Report of the Indian Hemp Drugs Commission, 1894-1895 - Volume VI
Year: 1894
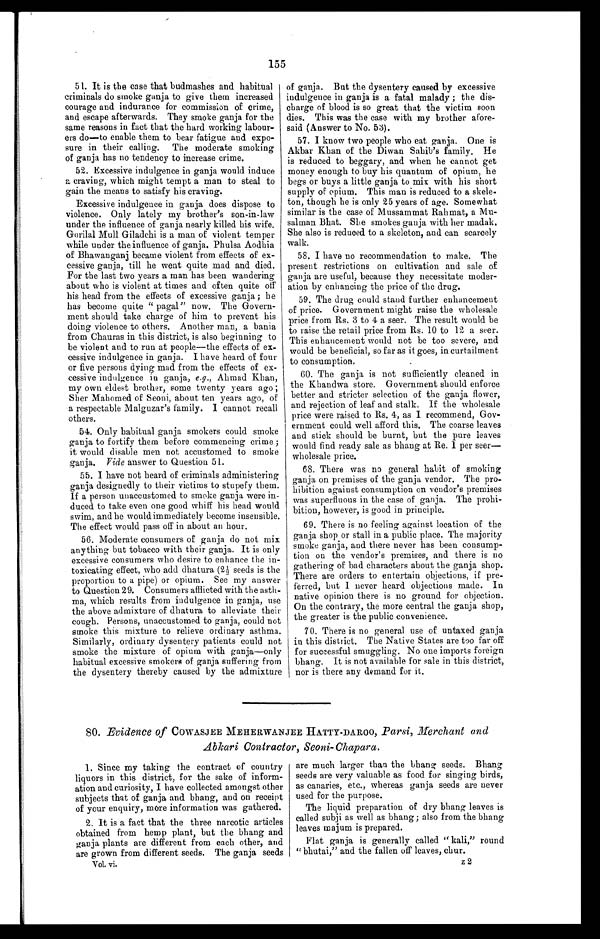
155
51. It is the case that budmashes and habitual
criminals do smoke ganja to give them increased
courage and indurance for commission of crime,
and escape afterwards. They smoke ganja for the
same reasons in fact that the hard working labour
-
ers do—to enable them to bear fatigue and expo
-
sure in their calling. The moderate smoking
of ganja has no tendency to increase crime.
52. Excessive indulgence in ganja would induce
a craving, which might tempt a man to steal to
gain the means to satisfy his craving.
Excessive indulgence in ganja does dispose to
violence. Only lately my brother's son-in-law
under the influence of ganja nearly killed his wife.
Gorilal Mull Giladchi is a man of violent temper
while under the influence of ganja. Phulsa Aodhia
of Bhawanganj became violent from effects of ex
-
cessive ganja, till he went quite mad and died.
For the last two years a man has been wandering
about who is violent at times and often quite off
his head from the effects of excessive ganja; he
has become quite "pagal" now. The Govern
-
ment should take charge of him to prevent his
doing violence to others. Another man, a bania
rom Chauras in this district, is also beginning to
be violent and to run at people—the effects of ex
-
cessive indulgence in ganja. I have heard of four
or five persons dying mad from the effects of ex
-
cessive indulgence in ganja, e.g., Ahmad Khan,
my own eldest brother, some twenty years ago;
Sher Mahomed of Seoni, about ten years ago, of
a respectable Malguzar's family. I cannot recall
others.
54. Only habitual ganja smokers could smoke
ganja to fortify them before commencing crime;
it would disable men not accustomed to smoke
ganja. Vide answer to Question 51.
55. I have not heard of criminals administering
ganja designedly to their victims to stupefy them.
If a person unaccustomed to smoke ganja were in
-
duced to take even one good whiff his head would
swim, and he would immediately become insensible.
The effect would pass off in about an hour.
56. Moderate consumers of ganja do not mix
anything but tobacco with their ganja. It is only
excessive consumers who desire to enhance the in
-
toxicating effect, who add dhatura (2½ seeds is the
proportion to a pipe) or opium. See my answer
to Question 29. Consumers afflicted with the asth
-
ma, which results from indulgence in ganja, use
the above admixture of dhatura to alleviate their
cough. Persons, unaccustomed to ganja, could not
smoke this mixture to relieve ordinary asthma.
Similarly, ordinary dysentery patients could not
smoke the mixture of opium with ganja—only
habitual excessive smokers of ganja suffering from
the dysentery thereby caused by the admixture
of ganja. But the dysentery caused by excessive
indulgence in ganja is a fatal malady; the dis
-
charge of blood is so great that the victim soon
dies. This was the case with my brother afore
-
said (Answer to No. 53).
57. I know two people who eat ganja. One is
Akbar Khan of the Diwan Sahib's family. He
is reduced to beggary, and when he cannot get
money enough to buy his quantum of opium, he
begs or buys a little ganja to mix with his short
supply of opium. This man is reduced to a skele
-
ton, though he is only 25 years of age. Somewhat
similar is the case of Mussammat Rah mat, a Mu
-
salman Bhat. She smokes ganja with her madak.
She also is reduced to a skeleton, and can scarcely
walk.
58. I have no recommendation to make. The
present restrictions on cultivation and sale of
ganja are useful, because they necessitate moder
-
ation by enhancing the price of the drug.
59. The drug could stand further enhancement
of price. Government might raise the wholesale
price from Rs. 3 to 4 a seer. The result would be
to raise the retail price from Rs. 10 to 12 a seer.
This enhancement would not be too severe, and
would be beneficial, so far as it goes, in curtailment
to consumption.
60. The ganja is not sufficiently cleaned in
the Khandwa store. Government should enforce
better and stricter selection of the ganja flower,
and rejection of leaf and stalk. If the wholesale
price were raised to Rs. 4, as I recommend, Gov
-
ernment could well afford this. The coarse leaves
and stick should be burnt, but the pure leaves
would find ready sale as bhang at Re, 1 per seer
—
wholesale price.
68. There was no general habit of smoking
ganja on premises of the ganja vendor. The pro
-
hibition against consumption on vendor's premises
was superfluous in the case of ganja. The prohi
-
bition, however, is good in principle.
69. There is no feeling against location of the
ganja shop or stall in a public place. The majority
smoke ganja, and there never has been consump
-
tion on the vendor's premises, and there is no
gathering of bad characters about the ganja shop.
There are orders to entertain objections, if pre
-
ferred, but I never heard objections made. In
native opinion there is no ground for objection.
On the contrary, the more central the ganja shop,
the greater is the public convenience.
70. There is no general use of untaxed ganja
in this district. The Native States are too far off
for successful smuggling. No one imports foreign
bhang. It is not available for sale in this district,
nor is there any demand for it.
80. Evidence of COWASJEE MEHERWANJEE HATTY-DAROO, Parsi, Merchant and
Abkari Contractor, Seoni-Chapara.
1. Since my taking the contract of country
liquors in this district, for the sake of inform
-
ation and curiosity, I have collected amongst other
subjects that of ganja and bhang, and on receipt
of your enquiry, more information was gathered.
2. It is a fact that the three narcotic articles
obtained from hemp plant, but the bhang and
ganja plants are different from each other, and
are grown from different seeds. The ganja seeds
are much larger than the bhang seeds. Bhang
seeds are very valuable as food for singing birds,
as canaries, etc., whereas ganja seeds are never
used for the purpose.
The liquid preparation of dry bhang leaves is
called subji as well as bhang ; also from the bhang
leaves majum is prepared.
Flat ganja is generally called. " kali," round
"bhutai," and the fallen off leaves, chur.
Vol. vi.
z 2